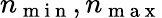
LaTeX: n_{\mathrm{~m~i~n~}},n_{\mathrm{~m~a~x~}}